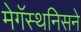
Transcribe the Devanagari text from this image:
मेगॅस्थनिसने